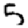
Digit: 5